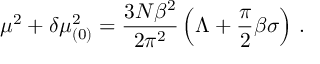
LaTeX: \mu ^ { 2 } + \delta \mu _ { ( 0 ) } ^ { 2 } = \frac { 3 N \beta ^ { 2 } } { 2 \pi ^ { 2 } } \left( \Lambda + \frac { \pi } { 2 } \beta \sigma \right) \, .